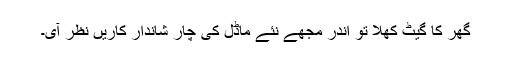
گھر کا گیٹ کھلا تو اندر مجھے نئے ماڈل کی چار شاندار کاریں نظر آی۔